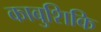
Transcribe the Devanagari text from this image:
काबुशिकि